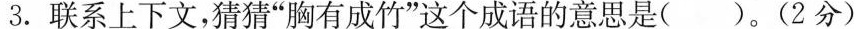
3.联系上下文，猜猜”胸有成竹”这个成语的意思是( )。(2分)